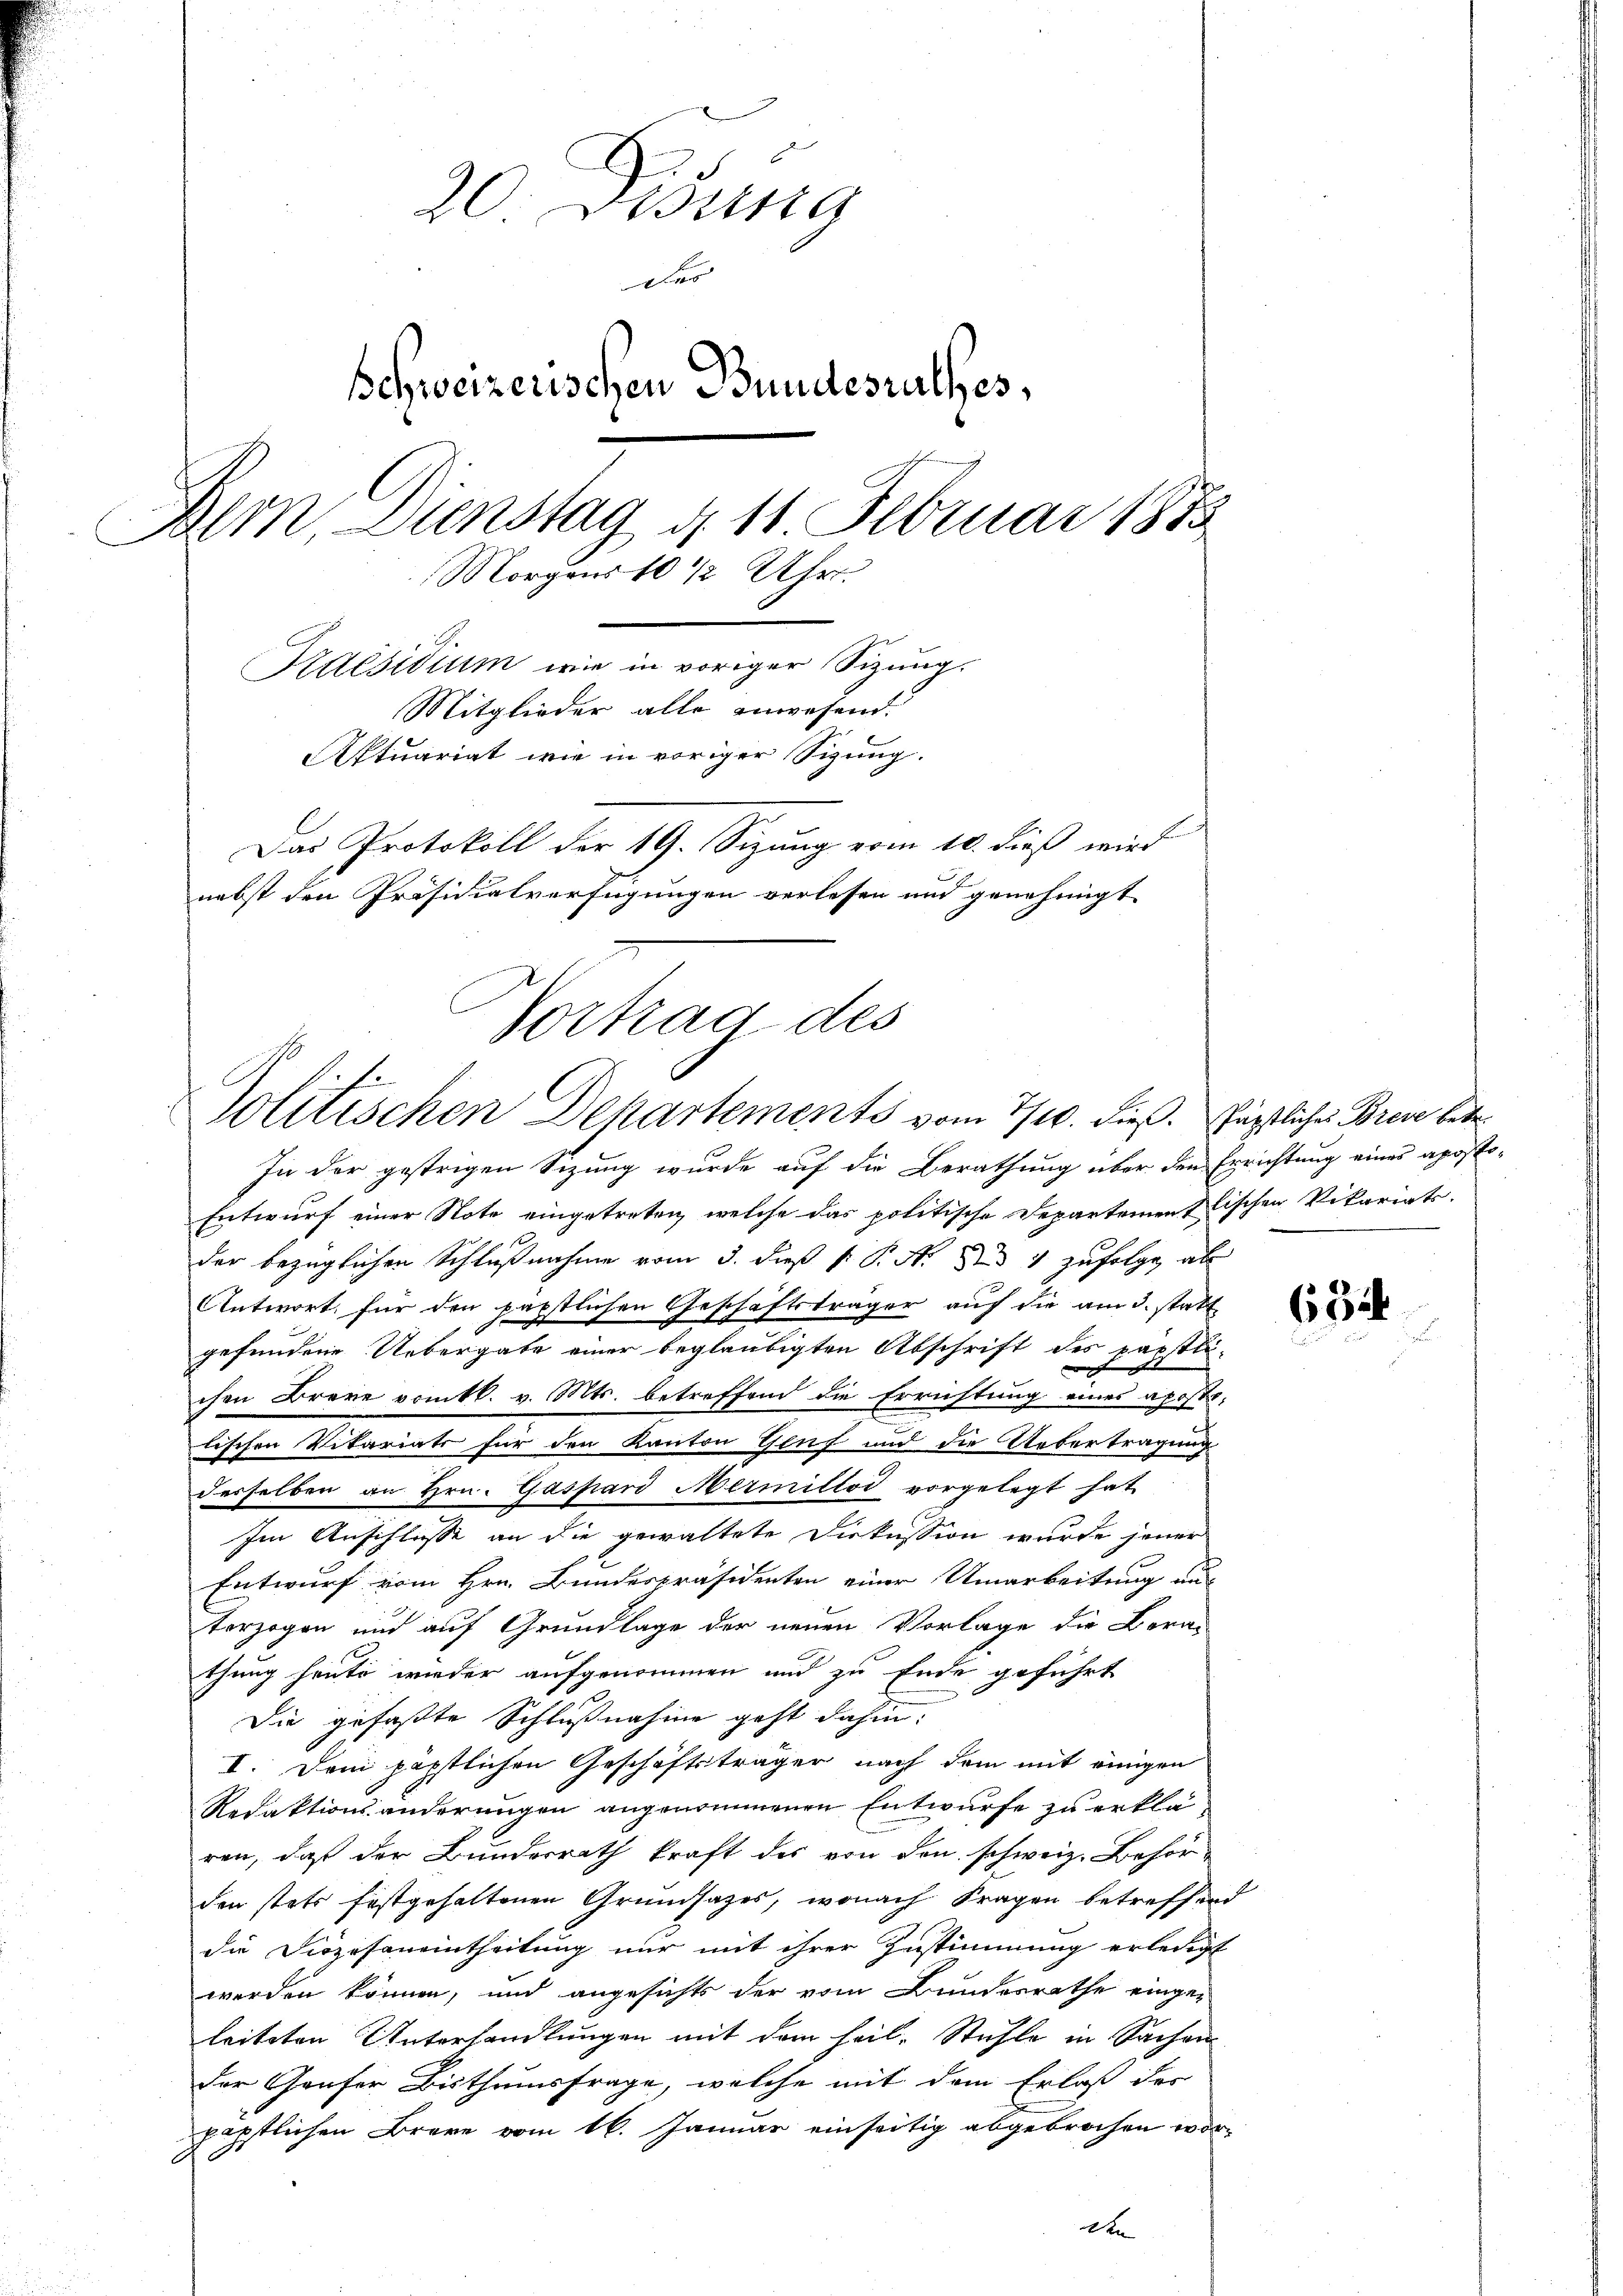
20. Der
Do
schweizerischen Bundesrathes,
Bern Dienstag 4. 11. Februar 1873.
Morgens 10 1/2 Uhr.
Praesidium wie in voriger Sitzung.
Mitglieder alle anwesend.
AAktuariat wie in voriger Sizung.
s
Das Protokoll der 19. Sizung vom 10. dieß wird
nebst den Präsidialverfügungen verlesen und genehmigt

Vortrag des
Solitischen Departements vom 7/10. dieß. Pärtliches Brese betr.

In der gestrigen Sizung wurde auf die Berathung über den Errichtung eines aposto¬
Entwurf einer Note eingetreten, welche das politische Departementlischen Vikariats-
der bezüglichen Schlußnahme vom 3. dieß P. P. N. dd 1 zufolge, als
Antwort für den päpstlichen Geschäftsträger auf die am 3. statt
gefundene Uebergabe einer beglaubigten Abschrift des parstli-

chen Breve vomtl. v. Mts. betreffend die Errichtung eines apostotischen Vikariats für den Kanton Genf und die Uebertragung
desselben an Hrn. Gaspard Mermillod vorgelegt hat
Im Anschlüsse an die gewaltete Diskussion wurde jener
Entwurf vom Hrn. Bundespräsidenten einer Umarbeitung aus
terzogen und auf Grundlage der neuen Vorlage die Bera-
thung heute wieder aufgenommen und zu Ende geführt
Die gefaßte Schlußnahme geht dahin:
I. Dem päpstlichen Geschäftsträger nach dem mit einigen
Redaktionsänderungen angenommenen Entwurfe zu erklären, daß der Bundesrath kraft des von den schweiz. Behörden stets festgehaltenen Grundsatzes, wonach Fragen betreffend
die Diözesaneintheilung nur mit ihrer Zustimmung erledigt
werden können, und angesichts der vom Bundesrathe einge-
leiteten Unterhandlungen mit dem heil. Stühle in Sachender Gaufer Bisthumsfrage, welche mit dem Erlaß des
päpstlichen Brare vom 16. Januar einseitig abgebrochen worde

63